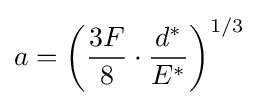
a=\left({\frac {3F}{8}}\cdot {\frac {d^{*}}{E^{*}}}\right)^{1/3}